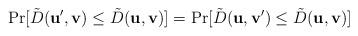
LaTeX: \begin{align*}\Pr[\tilde{D}(\mathbf{u',v}) \le \tilde{D}(\mathbf{u,v})] = \Pr[\tilde{D}(\mathbf{u,v'}) \le \tilde{D}(\mathbf{u,v})]\end{align*}